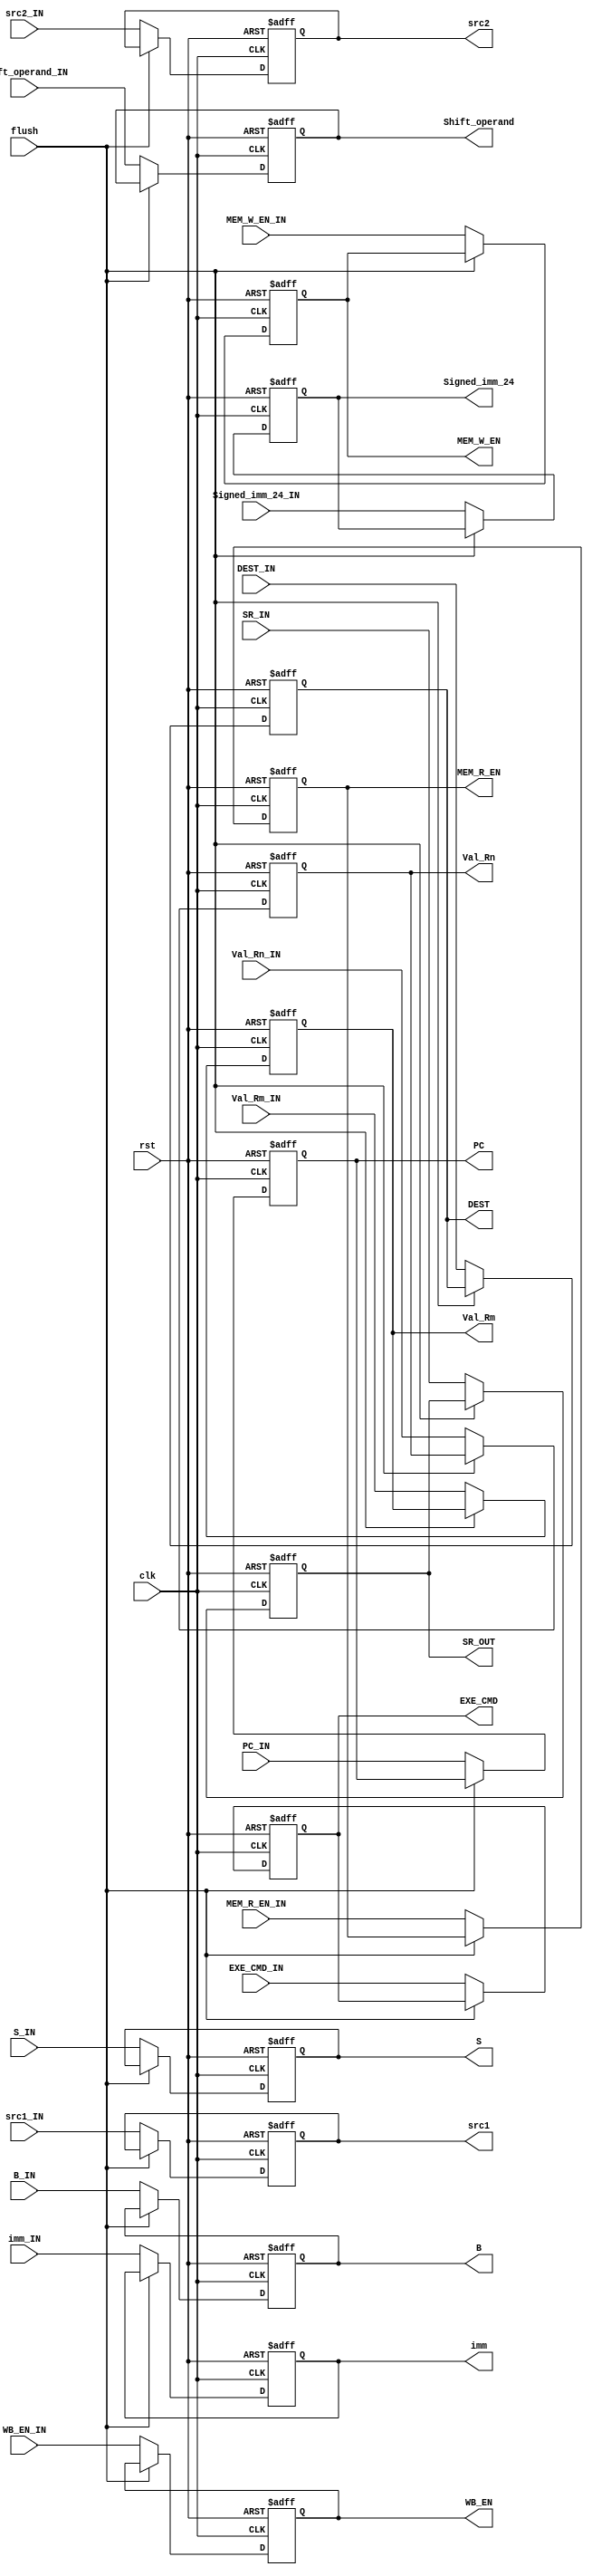
module ID_Stage_Reg(
	input clk, rst, flush,
	input [3:0] SR_IN, src1_IN, src2_IN,
	input WB_EN_IN, MEM_R_EN_IN, MEM_W_EN_IN,
	input B_IN, S_IN,
	input[3:0] EXE_CMD_IN,
	input[31:0] Val_Rn_IN, Val_Rm_IN,
	input [31:0] PC_IN,			
	input imm_IN,
	input[23:0] Signed_imm_24_IN,
	input [3:0] DEST_IN,
	input[11:0] Shift_operand_IN,
	output reg[3:0] SR_OUT, src1, src2,
	output reg MEM_R_EN, MEM_W_EN, WB_EN, B,S,
	output reg[3:0] EXE_CMD,
	output reg[31:0] Val_Rn, Val_Rm,
	output reg imm,
	output reg[11:0] Shift_operand,
	output reg [31:0] PC,
	output reg [23:0] Signed_imm_24,
	output reg [3:0] DEST
);
  always @ (posedge clk, posedge rst) begin
    if (rst) begin
      {SR_OUT, WB_EN, MEM_R_EN, MEM_W_EN, B, S, EXE_CMD, Val_Rn, Val_Rm, imm, Shift_operand, PC, Signed_imm_24, DEST, src1, src2} <= 0;
    end
    else begin
		if(~flush)begin
		  SR_OUT <= SR_IN;
		  WB_EN <= WB_EN_IN;
		  MEM_R_EN <= MEM_R_EN_IN;
		  MEM_W_EN <= MEM_W_EN_IN;
		  B <= B_IN;
		  S <= S_IN;
		  EXE_CMD <= EXE_CMD_IN;
		  Val_Rn <= Val_Rn_IN;
		  Val_Rm <= Val_Rm_IN;
		  imm <= imm_IN;
		  Shift_operand <= Shift_operand_IN;
		  PC <= PC_IN;
		  Signed_imm_24 <= Signed_imm_24_IN;
		  DEST <= DEST_IN;
		  src1 <= src1_IN;
		  src2 <= src2_IN;
		end
	  end
	end  
endmodule